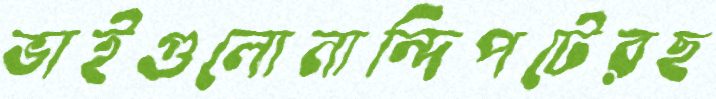
ভাইগুলোনান্দিপটেরছ